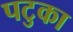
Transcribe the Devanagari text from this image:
पटुका